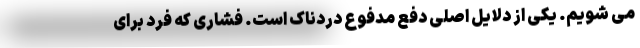
می شویم. یکی از دلایل اصلی دفع مدفوع دردناک است. فشاری که فرد برای